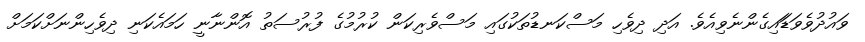
ވަައުދުވެވަޑަައިގެންނެވިއެވެެ. އަަދި ދިވެހި މަސްކަނޑުތަކުގައި މަަސްވެރިކަން ކުރުމުގެ ފުރުސަތު އޮންނާނީ ހަމައެކަަނި ދިވެހިންނަށްކަމަށް